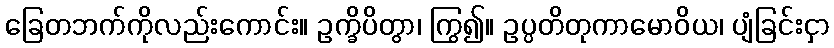
ခြေတဘက်ကိုလည်းကောင်း။ ဥက္ခိပိတွာ၊ ကြွ၍။ ဥပ္ပတိတုကာမောဝိယ၊ ပျံခြင်းငှာ